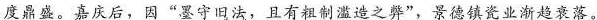
度鼎盛。嘉庆后，因”墨守旧法，且有粗制滥造之弊”，景德镇瓷业渐趋衰落。